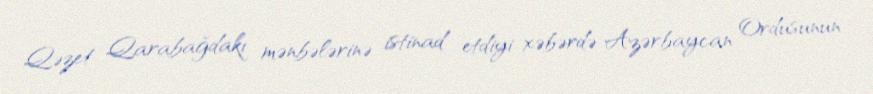
Qəzet Qarabağdakı mənbələrinə istinad etdiyi xəbərdə Azərbaycan Ordusunun